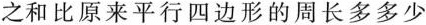
之和比原来平行四边形的周长多多少